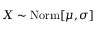
X \sim \operatorname { N o r m } [ \mu , \sigma ]